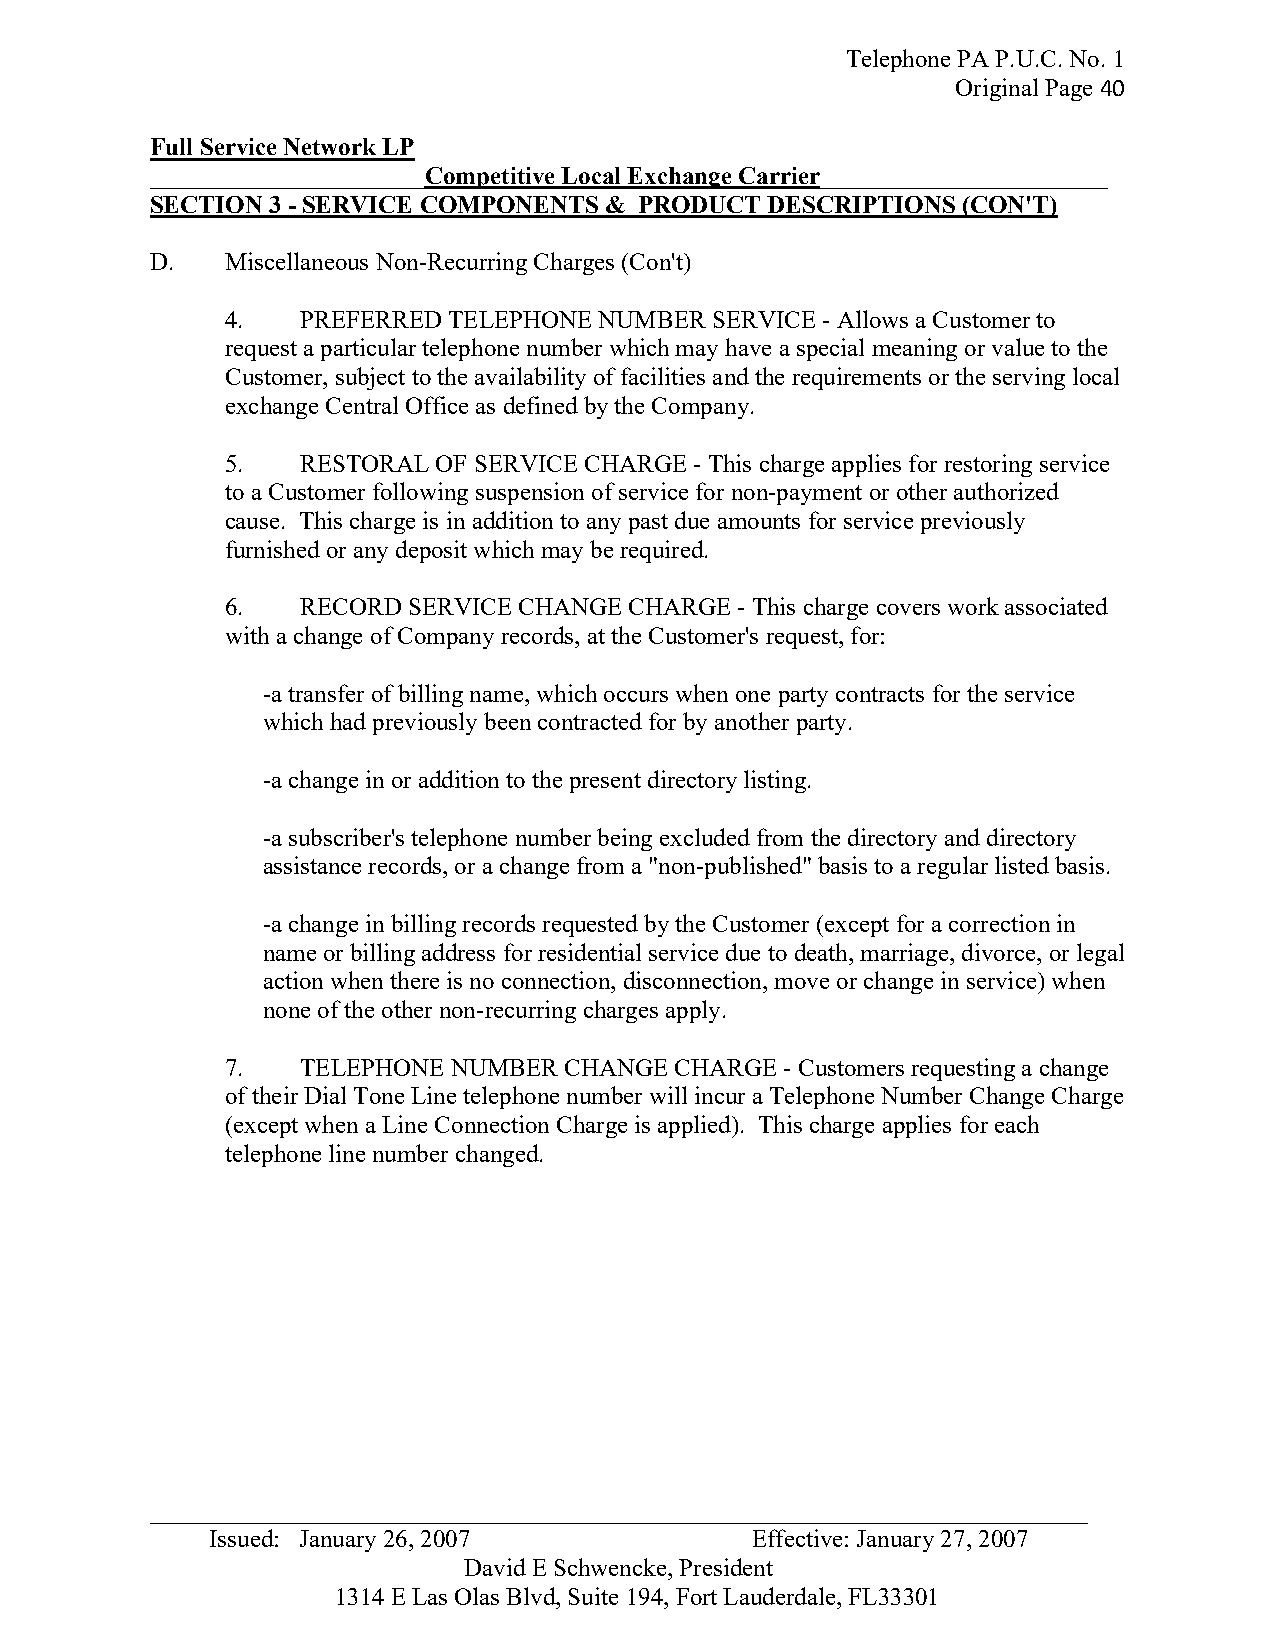
Telephone PA P.U.C. No. 1
 Original Page 40
 Full Service Network LP
 ______________________Competitive Local Exchange Carrier_______________________
 SECTION 3 - SERVICE COMPONENTS & PRODUCT DESCRIPTIONS (CON'T)
 D.   Miscellaneous Non-Recurring Charges (Con't)
 4.   PREFERRED TELEPHONE NUMBER SERVICE - Allows a Customer to
 request a particular telephone number which may have a special meaning or value to the
 Customer, subject to the availability of facilities and the requirements or the serving local
 exchange Central Office as defined by the Company.
 5.   RESTORAL OF SERVICE CHARGE - This charge applies for restoring service
 to a Customer following suspension of service for non-payment or other authorized
 cause. This charge is in addition to any past due amounts for service previously
 furnished or any deposit which may be required.
 6.   RECORD SERVICE CHANGE CHARGE - This charge covers work associated
 with a change of Company records, at the Customer's request, for:
 -a transfer of billing name, which occurs when one party contracts for the service
 which had previously been contracted for by another party.
 -a change in or addition to the present directory listing.
 -a subscriber's telephone number being excluded from the directory and directory
 assistance records, or a change from a "non-published" basis to a regular listed basis.
 -a change in billing records requested by the Customer (except for a correction in
 name or billing address for residential service due to death, marriage, divorce, or legal
 action when there is no connection, disconnection, move or change in service) when
 none of the other non-recurring charges apply.
 7.   TELEPHONE NUMBER CHANGE  CHARGE - Customers requesting a change
 of their Dial Tone Line telephone number will incur a Telephone Number Change Charge
 (except when a Line Connection Charge is applied). This charge applies for each
 telephone line number changed.
 _ __________________________________________________________________________
 Issued: January 26, 2007            Effective: January 27, 2007
 David E Schwencke, President
 1314 E Las Olas Blvd, Suite 194, Fort Lauderdale, FL33301